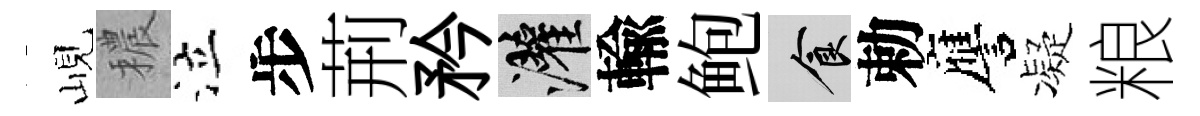
峴穠泣步荊矜灌輸鲍食勅譍凝粮